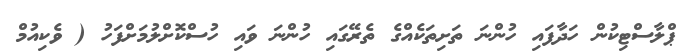
ޕްލާސްޓިކުން ހަދާފައި ހުންނަ ތަށިތަކެއްގެ ތެރޭގައި ހުންނަ ވައި ހުސްކޮށްލުމަށްފަހު ( ވެކިއުމް